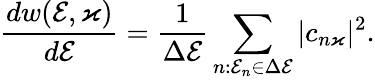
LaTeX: \frac{dw(\mathcal{E},\varkappa)}{d\mathcal{E}}=\frac{1}{\Delta\mathcal{E}}\sum_{n:\mathcal{E}_{n}\in\Delta\mathcal{E}}|c_{n\varkappa}|^{2}.